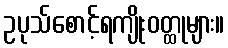
ဥပုသ်စောင့်ရကျိုးဝတ္ထုများ။